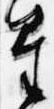
星